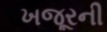
ખજૂરની